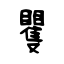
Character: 矍